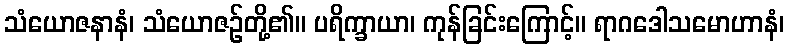
သံယောဇနာနံ၊ သံယောဇဉ်တို့၏။ ပရိက္ခာယာ၊ ကုန်ခြင်းကြောင့်။ ရာဂဒေါသမောဟာနံ၊